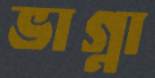
ভাগ্না